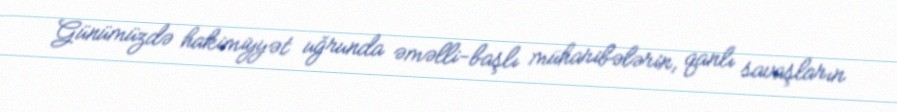
Günümüzdə hakimiyyət uğrunda əməlli-başlı müharibələrin, qanlı savaşların